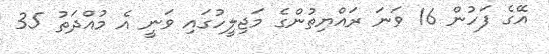
އޭގެ ފަހުން 16 ވަނަ ރައްޔިތުންގެ މަޖިލީހުގައި ވަނީ އެ މުއްދަތު 35